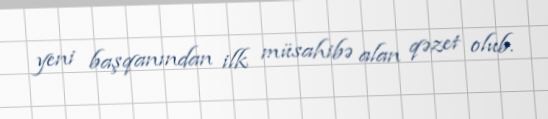
yeni başqanından ilk müsahibə alan qəzet olub.